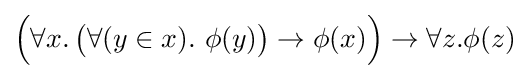
{\Big (}\forall x.\,{\big (}\forall (y\in x).\ \phi (y){\big )}\to \phi (x){\Big )}\to \forall z.\phi (z)